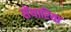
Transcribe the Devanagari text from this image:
सेंथारिया